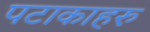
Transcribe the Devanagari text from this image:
पटाकाहरु